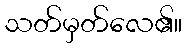
သတ်မှတ်လေ၏။